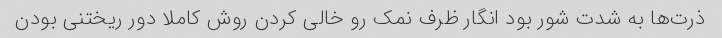
ذرت‌ها به شدت شور بود انگار ظرف نمک رو خالی کردن روش کاملا دور ریختنی بودن